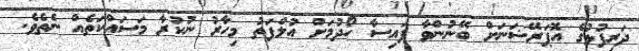
ދަރިފުޅުގެ އޮޕަރޭޝަނަށް ބޭނުންވާ ފައިސާ ހޯދުމަށް އުލްފަތު މިހާރު ނުކުރާ މަސައްކަތެއް ނެތެވެ.